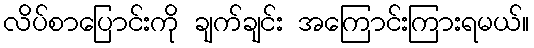
လိပ်စာပြောင်းကို ချက်ချင်း အကြောင်းကြားရမယ်။